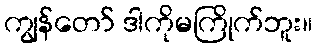
ကျွန်တော် ဒါကိုမကြိုက်ဘူး။